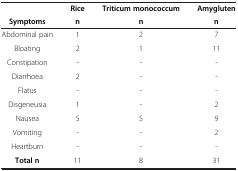
|  | Rice | Triticum monococcum | Amygluten |
 | Symptoms | n | n | n |
 | --- | --- | --- | --- |
 | Abdominal pain | 1 | 2 | 7 |
 | Bloating | 2 | 1 | 11 |
 | Constipation | - | - | - |
 | Diarrhoea | 2 | - | - |
 | Flatus | - | - | - |
 | Disgeneusia | 1 | - | 2 |
 | Nausea | 5 | 5 | 9 |
 | Vomiting | - | - | 2 |
 | Heartburn | - | - | - |
 | Total n | 11 | 8 | 31 |